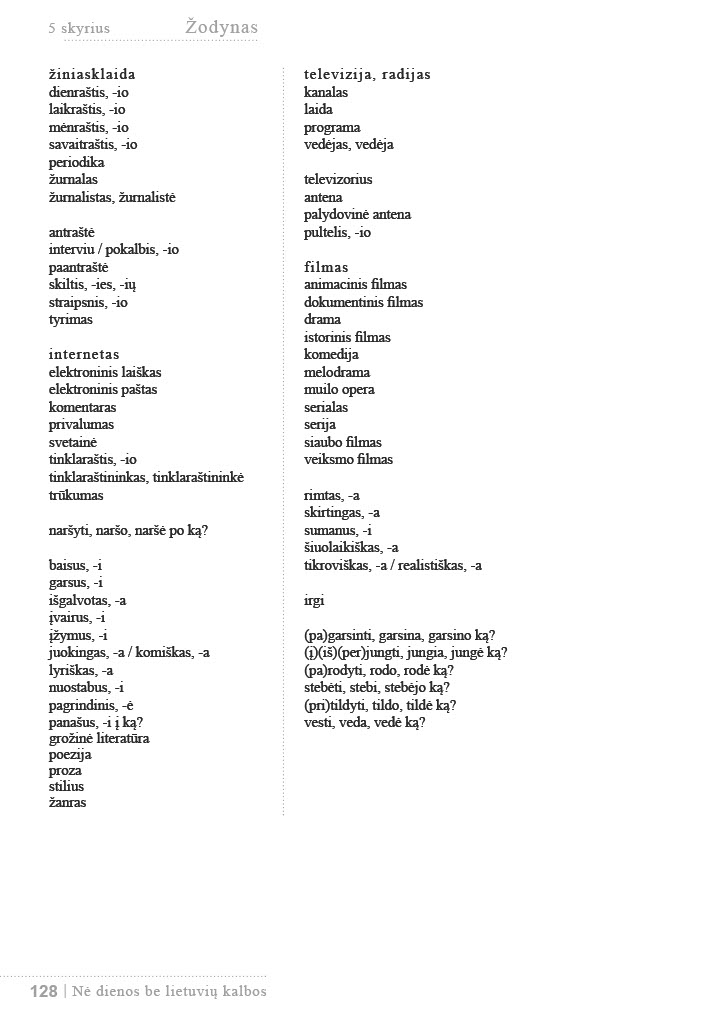
Language: lt